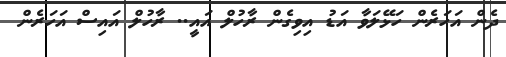
ދެން އަހަރެން ހަޅޭލަވާ އަޑު އިވިގެން ރާހުލް އައީ.. ރާހުލް އައިސް އަހަރެން